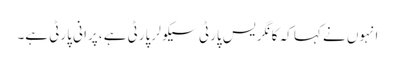
انہوں نے کہا کہ کا نگر یس پارٹی سیکو لر پارٹی ہے ،پرا نی پارٹی ہے۔